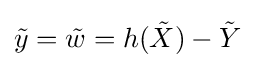
{\tilde {y}}={\tilde {w}}=h({\tilde {X}})-{\tilde {Y}}